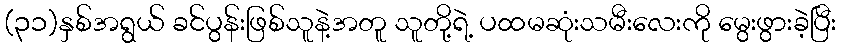
(၃၁)နှစ်အရွယ် ခင်ပွန်းဖြစ်သူနဲ့အတူ သူတို့ရဲ့ ပထမဆုံးသမီးလေးကို မွေးဖွားခဲ့ပြီး